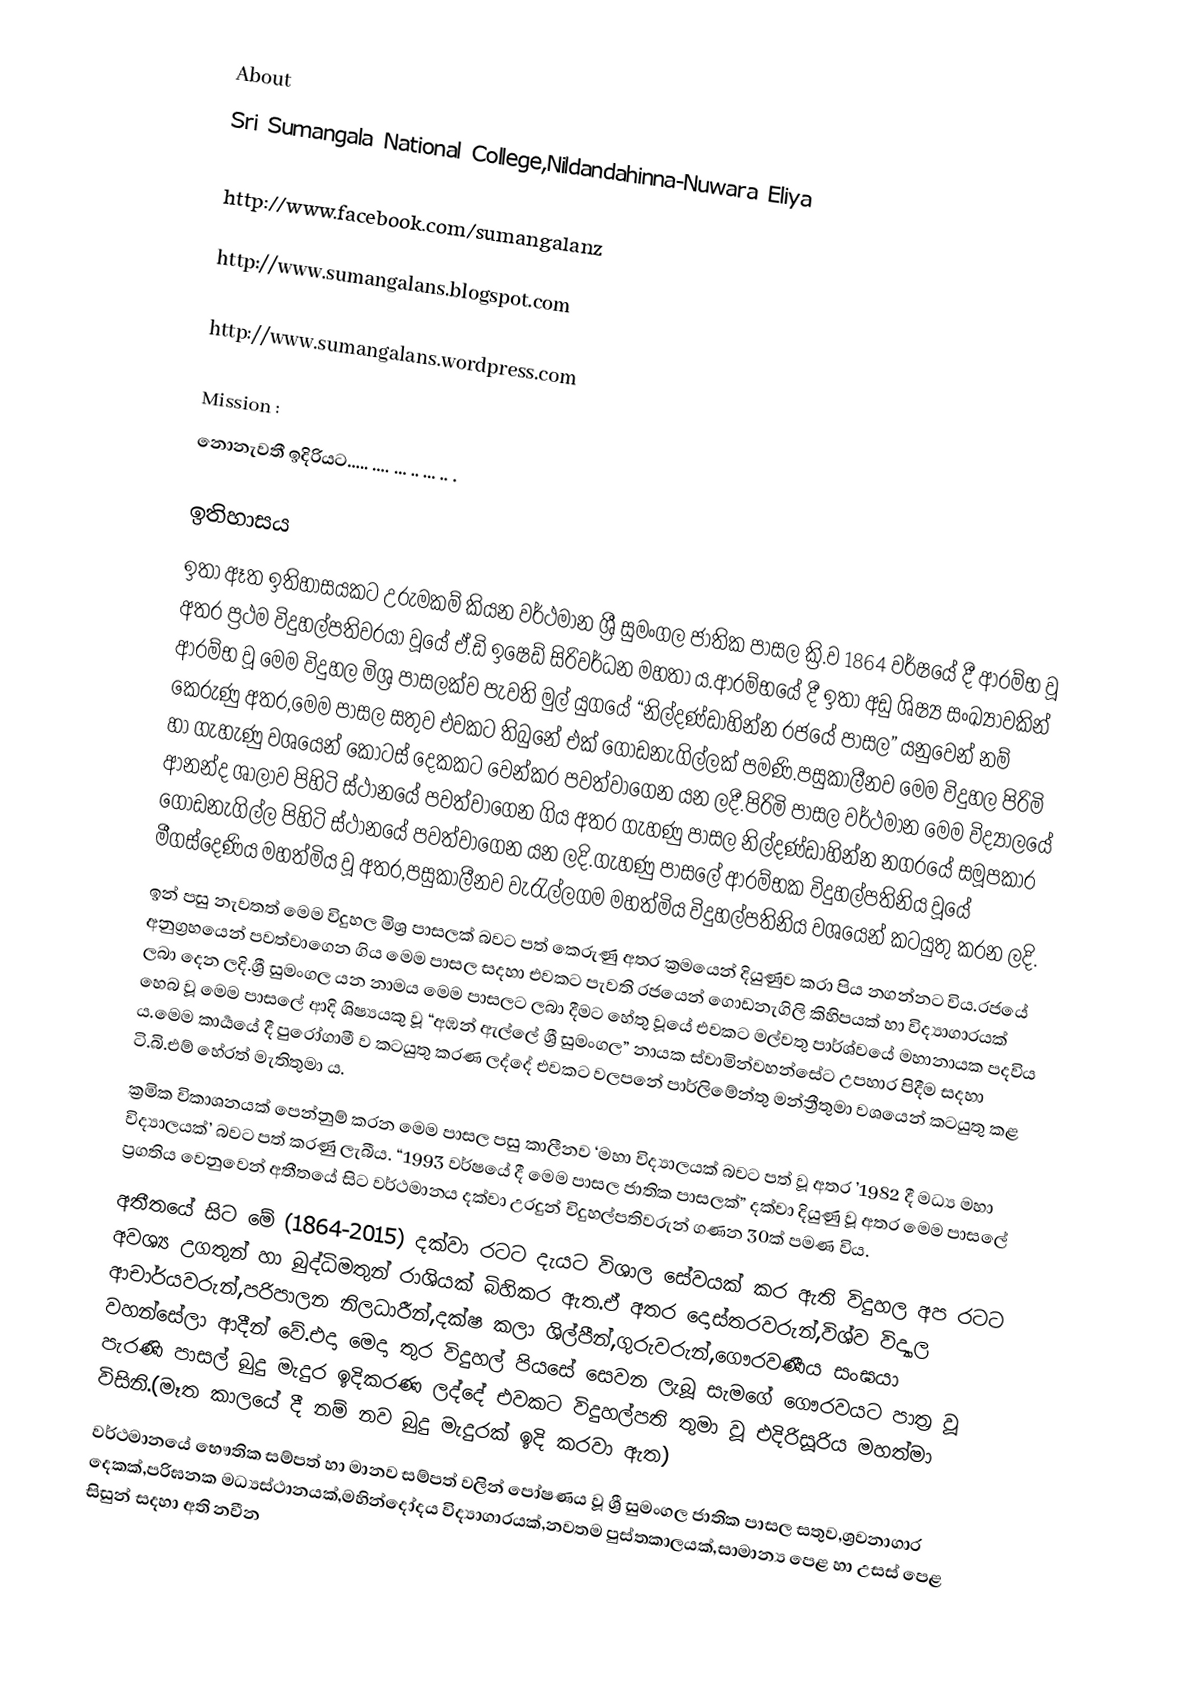
About
Sri Sumangala National College,Nildandahinna-Nuwara Eliya

http://www.facebook.com/sumangalanz

http://www.sumangalans.blogspot.com

http://www.sumangalans.wordpress.com

Mission :
නොනැවතී ඉදිරියට….. …. … .. … .. .

ඉතිහාසය
ඉතා ඈත ඉතිහාසයකට උරුමකම් කියන වර්ථමාන ශ්‍රී සුමංගල ජාතික පාසල ක්‍රි.ව 1864 වර්ෂයේ දී ආරම්භ වූ අතර ප්‍රථම විදුහල්පතිවරයා වූයේ ඒ.ඩි ඉෂෙඩ් සිරිවර්ධන මහතා ය.ආරම්භයේ දී ඉතා අඩු ශිෂ්‍ය සංඛ්‍යාවකින් ආරම්භ වූ මෙම විදුහල මිශ්‍ර පාසලක්ව පැවති මුල් යුගයේ “නිල්දණ්ඩාහින්න රජයේ පාසල” යනුවෙන් නම් කෙරුණු අතර,මෙම පාසල සතුව එවකට තිබුනේ එක් ගොඩනැගිල්ලක් පමණි.පසුකාලීනව මෙම විදුහල පිරිමි හා ගැහැණු වශයෙන් කොටස් දෙකකට වෙන්කර පවත්වාගෙන යන ලදී.පිරිමි පාසල වර්ථමාන මෙම විද්‍යාලයේ ආනන්ද ශාලාව පිහිටි ස්ථානයේ පවත්වාගෙන ගිය අතර ගැහණු පාසල නිල්දණ්ඩාහින්න නගරයේ සමූපකාර ගොඩනැගිල්ල පිහිටි ස්ථානයේ පවත්වාගෙන යන ලදි.ගැහණු පාසලේ ආරම්භක විදුහල්පතිනිය වූයේ මීගස්දෙණිය මහත්මිය වූ අතර,පසුකාලීනව වැරැල්ලගම මහත්මිය විදුහල්පතිනිය වශයෙන් කටයුතු කරන ලදි.
ඉන් පසු නැවතත් මෙම විදුහල මිශ්‍ර පාසලක් බවට පත් කෙරුණු අතර ක්‍රමයෙන් දියුණුව කරා පිය නගන්නට විය.රජයේ අනුග්‍රහයෙන් පවත්වාගෙන ගිය මෙම පාසල සදහා එවකට පැවති රජයෙන් ගොඩනැගිලි කිහිපයක් හා විද්‍යාගාරයක් ලබා දෙන ලදි.ශ්‍රී සුමංගල යන නාමය මෙම පාසලට ලබා දීමට හේතු වූයේ එවකට මල්වතු පාර්ශ්වයේ මහානායක පදවිය හෙබ වූ මෙම පාසලේ ආදි ශිෂ්‍යයකු වූ “අඹන් ඇල්ලේ ශ්‍රී සුමංගල” නායක ස්වාමින්වහන්සේට උපහාර පිදීම සදහා ය.මෙම කාර්‍යයේ දී පුරෝගාමී ව කටයුතු කරණ ලද්දේ එවකට වලපනේ පාර්ලිමේන්තු මන්ත්‍රීතුමා වශයෙන් කටයුතු කළ ටි.බි.එම් හේරත් මැතිතුමා ය.
ක්‍රමික විකාශනයක් පෙන්නුම් කරන මෙම පාසල පසු කාලීනව ‘මහා විද්‍යාලයක් බවට පත් වූ අතර ’1982 දී මධ්‍ය මහා විද්‍යාලයක්’ බවට පත් කරණු ලැබීය. “1993 වර්ෂයේ දී මෙම පාසල ජාතික පාසලක්” දක්වා දියුණු වූ අතර මෙම පාසලේ ප්‍රගතිය වෙනුවෙන් අතීතයේ සිට වර්ථමානය දක්වා උරදුන් විදුහල්පතිවරුන් ගණන 30ක් පමණ විය.
අතීතයේ සිට මේ (1864-2015)  දක්වා රටට දැයට විශාල සේවයක් කර ඇති විදුහල අප රටට අවශ්‍ය උගතුන් හා බුද්ධිමතුන් රාශියක් බිහිකර ඇත.ඒ අතර දොස්තරවරුන්,විශ්ව විද්‍යාල ආචාර්යවරුන්,පරිපාලන නිලධාරීන්,දක්ෂ කලා ශිල්පීන්,ගුරුවරුන්,ගෞරවණීය සංඝයා වහන්සේලා ආදීන් වේ.එදා මෙදා තුර විදුහල් පියසේ සෙවන ලැබූ සැමගේ ගෞරවයට පාත්‍ර වූ පැරණි පාසල් බුදු මැදුර ඉදිකරණ ලද්දේ එවකට විදුහල්පති තුමා වූ එදිරිසූරිය මහත්මා විසිනි.(මෑත කාලයේ දී නම් නව බුදු මැදුරක් ඉදි කරවා ඇත)
වර්ථමානයේ භෞතික සම්පත් හා මානව සම්පත් වලින් පෝෂණය වූ ශ්‍රී සුමංගල ජාතික පාසල සතුව,ශ්‍රවනාගාර දෙකක්,පරිඝනක මධ්‍යස්ථානයක්,මහින්දෝදය විද්‍යාගාරයක්,නවතම පුස්තකාලයක්,සාමාන්‍ය පෙළ හා උසස් පෙළ සිසුන් සදහා අති නවීන